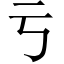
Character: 亏